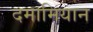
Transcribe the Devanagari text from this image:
दमामियान